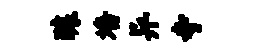
醵墙异寺